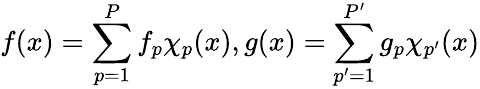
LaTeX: f(x)=\sum_{p=1}^{P}f_{p}\chi_{p}(x),g(x)=\sum_{p^{\prime}=1}^{P^{\prime}}g_{p}\chi_{p^{\prime}}(x)